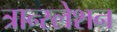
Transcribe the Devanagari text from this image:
त्रान्स्लेशन